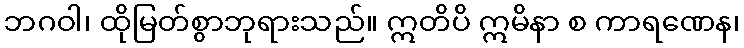
ဘဂဝါ၊ ထိုမြတ်စွာဘုရားသည်။ ဣတိပိ ဣမိနာ စ ကာရဏေန၊